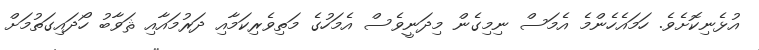
އުޅެނިކޮށެވެ. ހަމައެހެންމެ އެމަސް ނިމިގެން މިދަނީވެސް އެމަހުގެ މަތިވެރިކަމާއި ދަރުމައާއި ޘަވާބު ހޯދައިގަތުމަށް